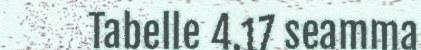
Tabelle 4.17 seamma